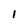
Character: i